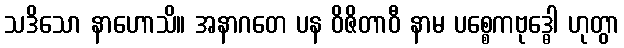
သဒိသော နာဟောသိ။ အနာဂတေ ပန ဝိဇိတာဝီ နာမ ပစ္စေကဗုဒ္ဓေါ ဟုတွာ